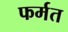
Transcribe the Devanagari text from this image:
फर्मत